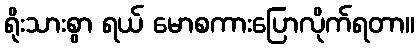
ရိုးသားစွာ ရယ် မောစကားပြောလိုက်ရတာ။